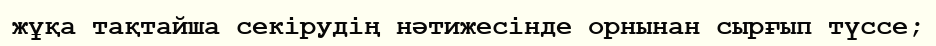
жұқа тақтайша секiрудiң нәтижесiнде орнынан сырғып түссе;